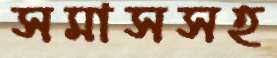
সমাসসহ